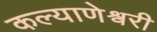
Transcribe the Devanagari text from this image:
कल्याणेश्वरी